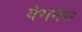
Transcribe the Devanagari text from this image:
वेगनेस